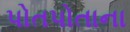
પોતપોતાના